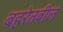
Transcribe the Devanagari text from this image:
बहरेतबील